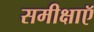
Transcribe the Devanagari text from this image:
समीक्षाऍ